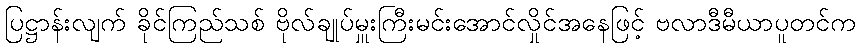
ပြဋ္ဌာန်းလျက် ခိုင်ကြည်သစ် ဗိုလ်ချုပ်မှူးကြီးမင်းအောင်လှိုင်အနေဖြင့် ဗလာဒီမီယာပူတင်က